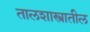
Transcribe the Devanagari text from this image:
तालशास्त्रातील